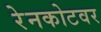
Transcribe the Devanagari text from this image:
रेनकोटवर